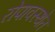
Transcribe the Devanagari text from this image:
रोपावस्थेत